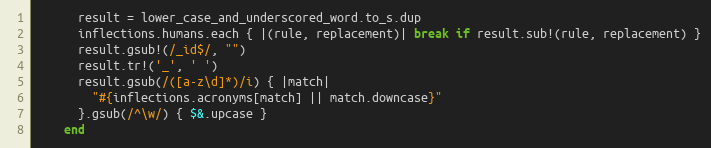
Language: Ruby
      result = lower_case_and_underscored_word.to_s.dup
      inflections.humans.each { |(rule, replacement)| break if result.sub!(rule, replacement) }
      result.gsub!(/_id$/, "")
      result.tr!('_', ' ')
      result.gsub(/([a-z\d]*)/i) { |match|
        "#{inflections.acronyms[match] || match.downcase}"
      }.gsub(/^\w/) { $&.upcase }
    end